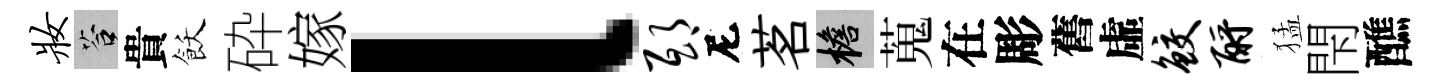
妆答貴飫砕嫁l邸尼茗檐蒐在彫舊虛鲛酹猛閇醮